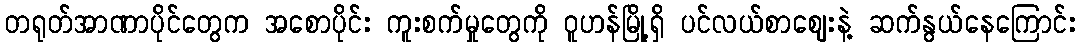
တရုတ်အာဏာပိုင်တွေက အစောပိုင်း ကူးစက်မှုတွေကို ဝူဟန်မြို့ရှိ ပင်လယ်စာဈေးနဲ့ ဆက်နွယ်နေကြောင်း